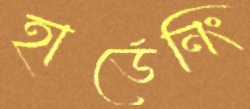
হার্ডেনিং